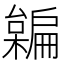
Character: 𣝜